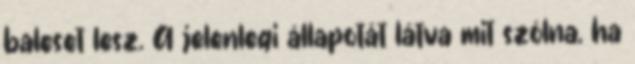
baleset lesz. A jelenlegi állapotát látva mit szólna, ha